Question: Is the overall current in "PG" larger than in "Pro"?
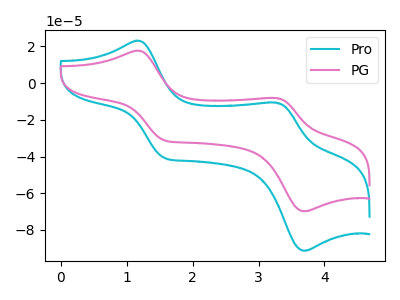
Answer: <think>The cyan curve "Pro" has anodic peaks at (1.15V, 23.10uA) (3.25V, -10.65uA) and cathodic peaks at (1.55V, -40.75uA) (3.70V, -91.25uA). The pink curve "PG" has anodic peaks at (1.15V, 17.65uA) (3.25V, -8.15uA) and cathodic peaks at (1.55V, -31.15uA) (3.70V, -69.80uA).
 All the peaks in "PG" have a peak in "Pro" at the same potential.</think>
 <answer>I cant tell if "PG" or "Pro" has more signal.</answer>
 <eval>mixed_signal</eval>